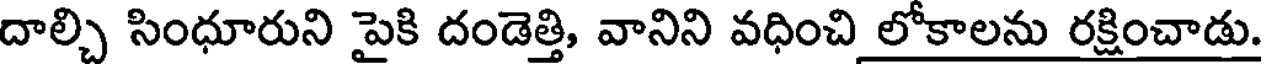
దాల్చి సింధూరుని పైకి దండెత్తి, వానిని వధించి లోకాలను రక్షించాడు.